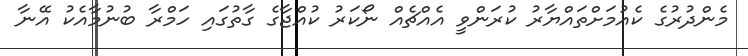
މެންދުރުގެ ކެއުމަށްތައްޔާރު ކުރަންވީ އެއްޗެއް ނޯކަރު ކުއްޖާގެ ގާތުގައި ހަމްރާ ބުނުމާއެކު އޭނާ